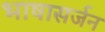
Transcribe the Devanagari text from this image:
भाषासर्जन